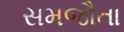
સમજૌતા